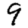
Digit: 9